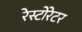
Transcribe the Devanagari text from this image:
रेस्टोरेटर